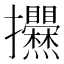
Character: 𢺱